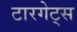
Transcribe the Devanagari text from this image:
टारगेट्स